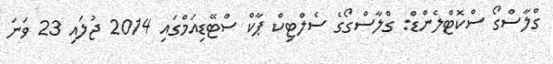
ގްލާސްގޯ ސްކޮޓްލެންޑް: ގްލާސްގޯގެ ސެލްޓިކް ޕާކް ސްޓޭޑިއަމްގައި 2014 ޖުލައި 23 ވަނަ